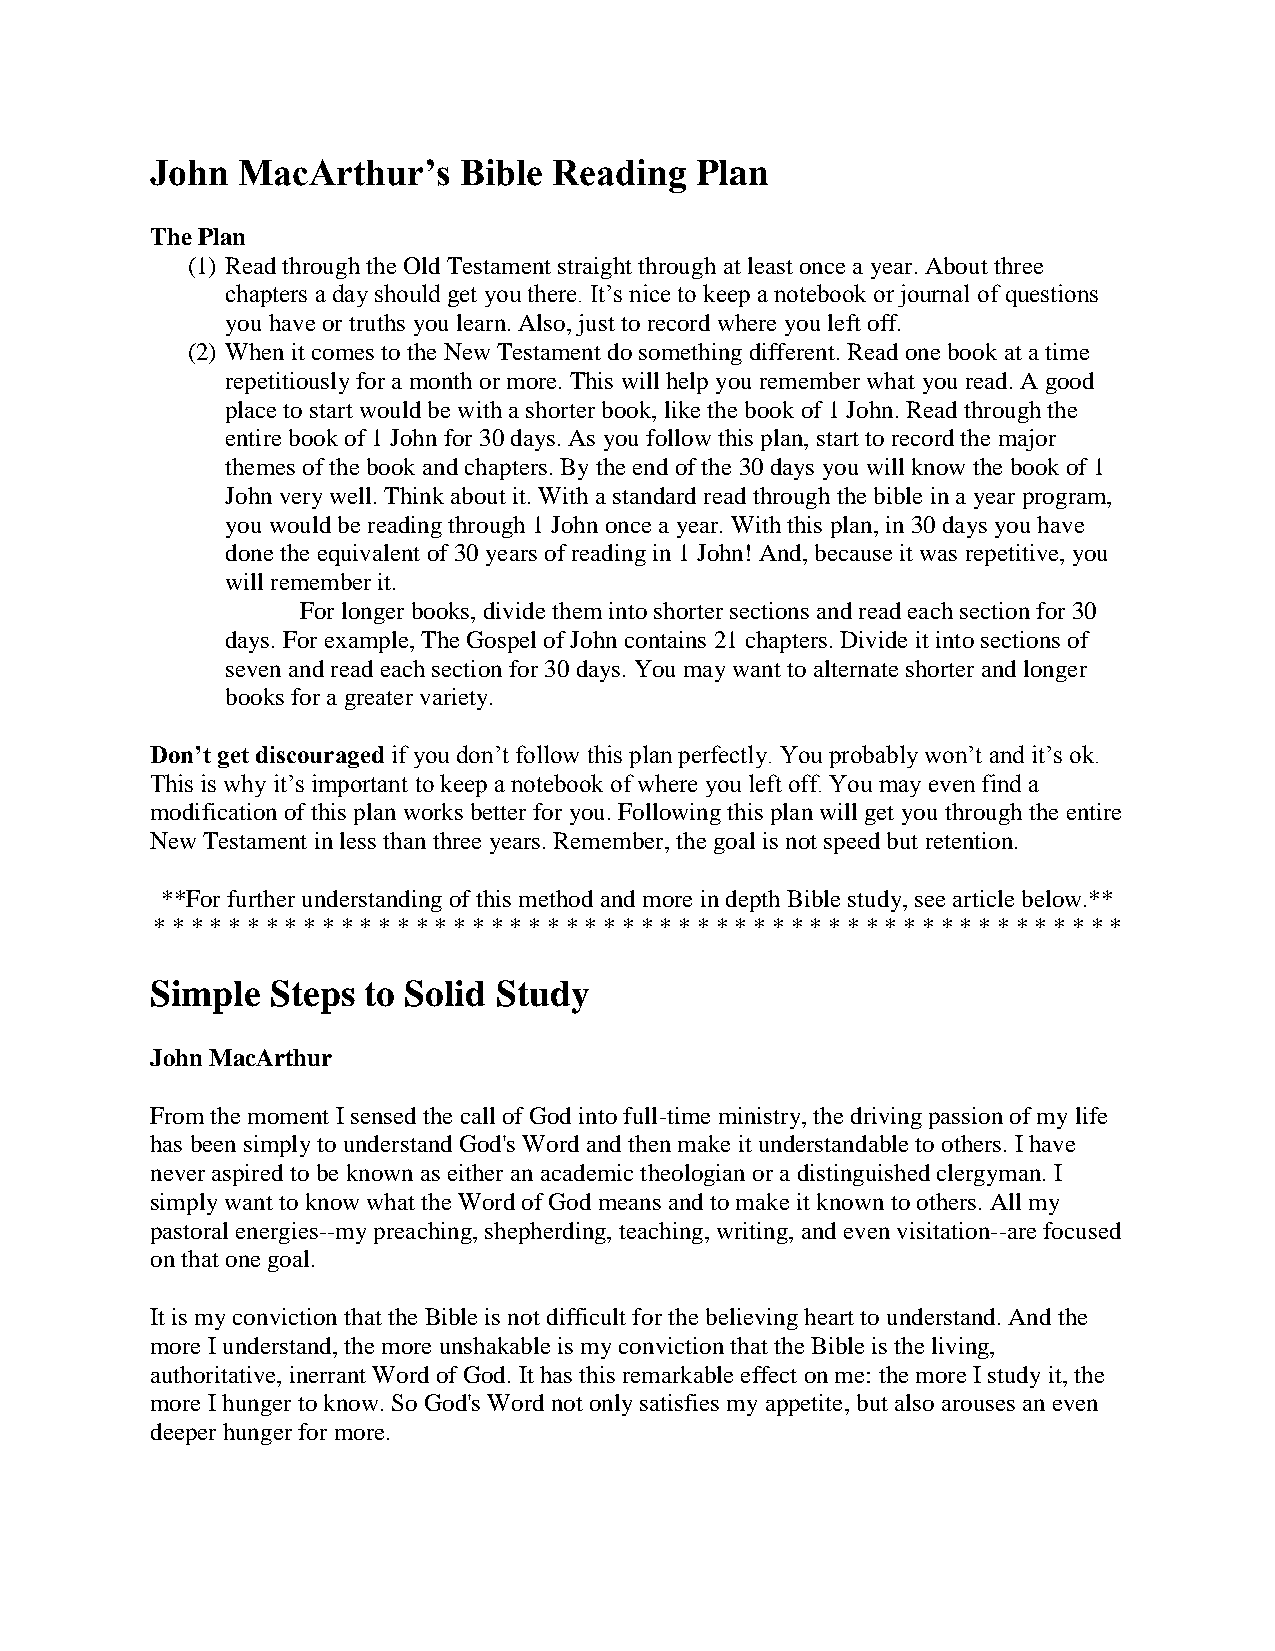
John  MacArthur’s   Bible  Reading  Plan
 The Plan
 (1) Read through the Old Testament straight through at least once a year. About three
 chapters a day should get you there. It’s nice to keep a notebook or journal of questions
 you have or truths you learn. Also, just to record where you left off.
 (2) When it comes to the New Testament do something different. Read one book at a time
 repetitiously for a month or more. This will help you remember what you read. A good
 place to start would be with a shorter book, like the book of 1 John. Read through the
 entire book of 1 John for 30 days. As you follow this plan, start to record the major
 themes of the book and chapters. By the end of the 30 days you will know the book of 1
 John very well. Think about it. With a standard read through the bible in a year program,
 you would be reading through 1 John once a year. With this plan, in 30 days you have
 done the equivalent of 30 years of reading in 1 John! And, because it was repetitive, you
 will remember it.
 For longer books, divide them into shorter sections and read each section for 30
 days. For example, The Gospel of John contains 21 chapters. Divide it into sections of
 seven and read each section for 30 days. You may want to alternate shorter and longer
 books for a greater variety.
 Don’t get discouraged if you don’t follow this plan perfectly. You probably won’t and it’s ok.
 This is why it’s important to keep a notebook of where you left off. You may even find a
 modification of this plan works better for you. Following this plan will get you through the entire
 New Testament in less than three years. Remember, the goal is not speed but retention.
 **For further understanding of this method and more in depth Bible study, see article below.**
 * * * * * * * * * * * * * * * * * * * * * * * * * * * * * * * * * * * * * * * * * * * * * * * * * * * *
 Simple  Steps to Solid Study
 John MacArthur
 From the moment I sensed the call of God into full-time ministry, the driving passion of my life
 has been simply to understand God's Word and then make it understandable to others. I have
 never aspired to be known as either an academic theologian or a distinguished clergyman. I
 simply want to know what the Word of God means and to make it known to others. All my
 pastoral energies--my preaching, shepherding, teaching, writing, and even visitation--are focused
 on that one goal.
 It is my conviction that the Bible is not difficult for the believing heart to understand. And the
 more I understand, the more unshakable is my conviction that the Bible is the living,
 authoritative, inerrant Word of God. It has this remarkable effect on me: the more I study it, the
 more I hunger to know. So God's Word not only satisfies my appetite, but also arouses an even
 deeper hunger for more.